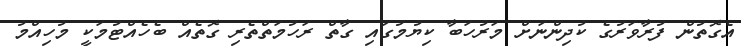
އެގޮތުން ފުރާވަރުގެ ކުދިންނަށް މަރުހަބާ ކިޔުމުގައި ގާތް ރަހުމަތްތެރި ގޮތެއް ބެހެއްޓުމަކީ މުހިއްމު